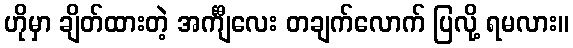
ဟိုမှာ ချိတ်ထားတဲ့ အင်္ကျီလေး တချက်လောက် ပြလို့ ရမလား။